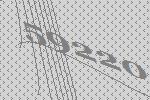
59220